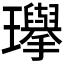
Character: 𪼰